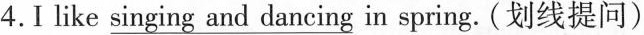
4.1 like \underline{singing and dancing in spring}. (划线提问)